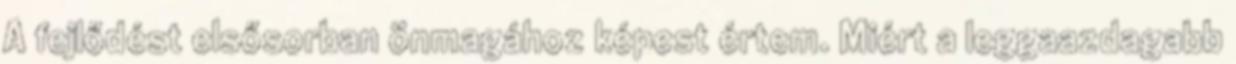
A fejlődést elsősorban önmagához képest értem. Miért a leggaazdagabb